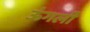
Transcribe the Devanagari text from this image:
ऊंगली